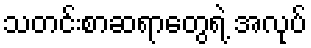
သတင်းစာဆရာတွေရဲ့ အလုပ်